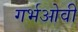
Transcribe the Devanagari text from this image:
गर्भओवी